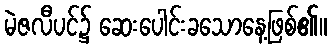
မဲဇလီပင်၌ ဆေးပေါင်းခသောနေ့ဖြစ်၏။